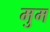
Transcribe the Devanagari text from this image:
मुम